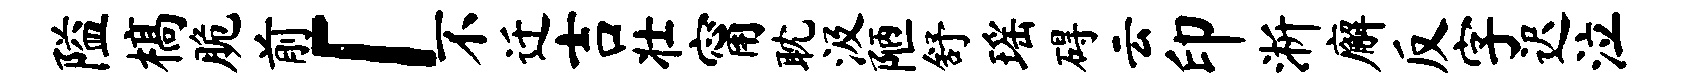
隘槁脆前「不迁吉壮甯耽汲陋舒瑶碍云印淅廨反字迟泣